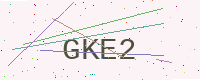
Text: GKE2